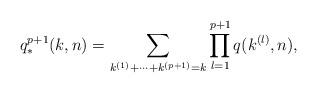
LaTeX: \begin{align*}q_*^{p+1}(k,n)=\sum_{k^{(1)}+\cdots+ k^{(p+1)}=k}\prod_{l=1}^{p+1}q(k^{(l)}, n),\end{align*}